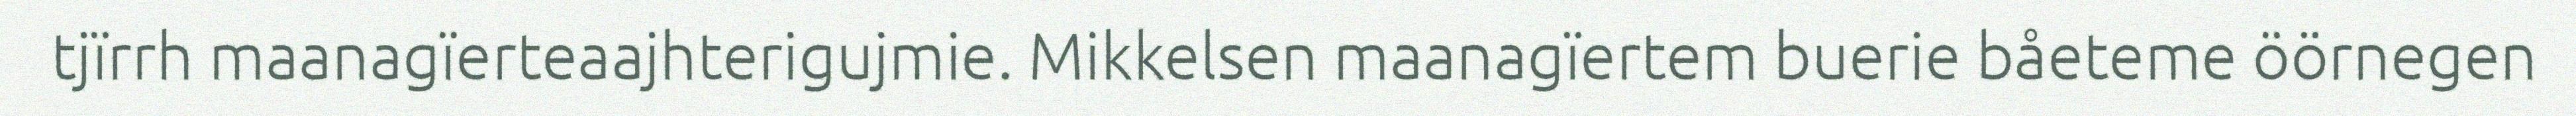
tjïrrh maanagïerteaajhterigujmie. Mikkelsen maanagïertem buerie båeteme öörnegen